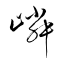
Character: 嶙